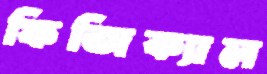
ফিজিক্যাল